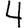
Digit: 4